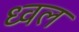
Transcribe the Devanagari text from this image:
ध्वल